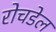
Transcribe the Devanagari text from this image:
रोचडेल